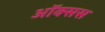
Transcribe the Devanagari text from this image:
ऑक्सस